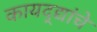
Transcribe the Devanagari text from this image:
कायद्द्यांचे